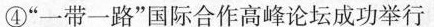
④“一带一路”国际合作高峰论坛成功举行